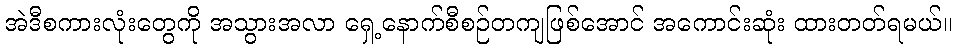
အဲဒီစကားလုံးတွေကို အသွားအလာ ရှေ့နောက်စီစဉ်တကျဖြစ်အောင် အကောင်းဆုံး ထားတတ်ရမယ်။